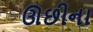
ઊછીના